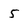
Character: 5